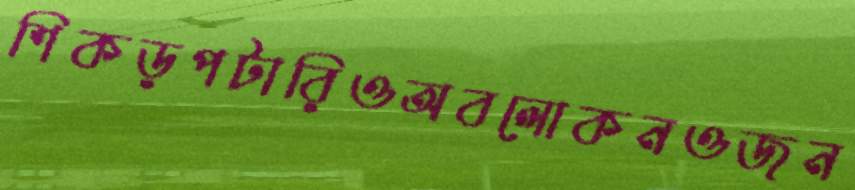
শিকড়পটারিওঅবলোকনওজন